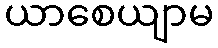
ယာစေယျာမ